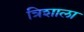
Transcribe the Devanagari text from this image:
त्रिशाला